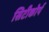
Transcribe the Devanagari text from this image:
सिटीकोर्प